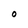
Character: 0